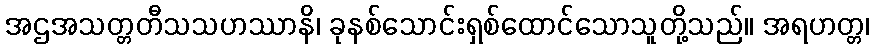
အဌအသတ္တတီသသဟဿာနိ၊ ခုနစ်သောင်းရှစ်ထောင်သောသူတို့သည်။ အရဟတ္တ၊